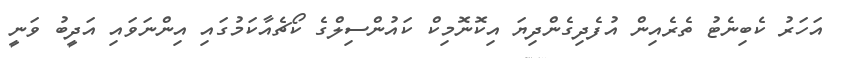
އަހަރު ކެބިނެޓު ތެރެއިން އުފެދިގެންދިޔަ އިކޮނޮމިކް ކައުންސިލްގެ ކޯޗެއާކަމުގައި އިންނަވައި އަދީބު ވަނީ